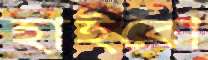
হাইবো